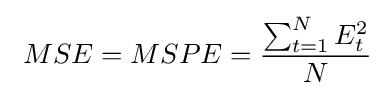
\ MSE=MSPE={\frac {\sum _{t=1}^{N}{E_{t}^{2}}}{N}}